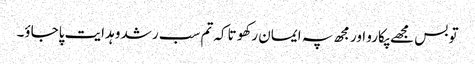
تو بس مجھے پکارو اور مجھ پہ ایمان رکھو تاکہ تم سب رشد و ہدایت پاجاؤ۔